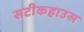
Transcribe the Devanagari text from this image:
सटीकहाउस